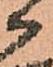
候